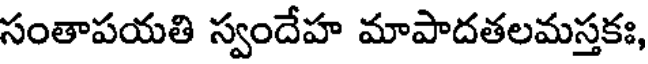
సంతాపయతి స్వందేహ మాపాదతలమస్తకః,